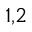
^ { 1 , 2 }